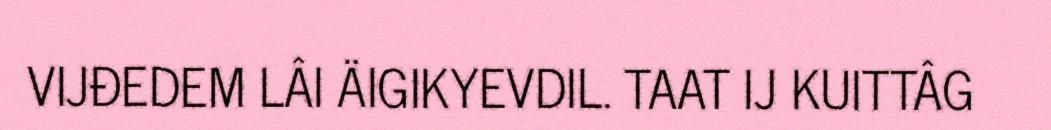
VIJĐEDEM LÂI ÄIGIKYEVDIL. TAAT IJ KUITTÂG